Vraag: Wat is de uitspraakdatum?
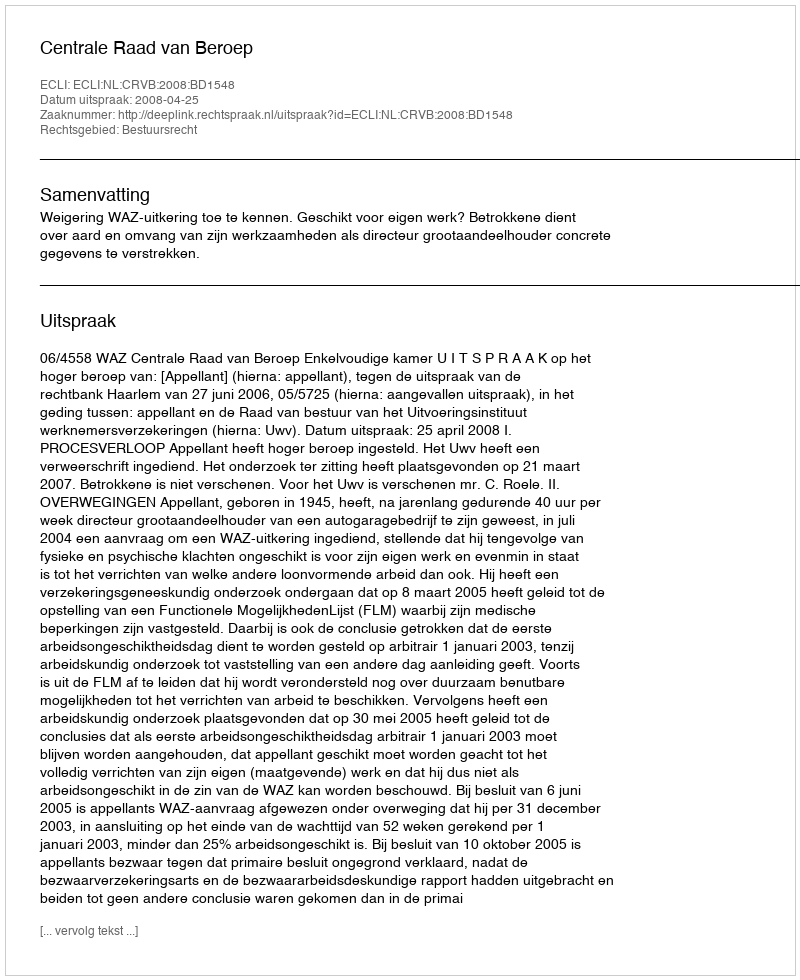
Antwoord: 2008-04-25